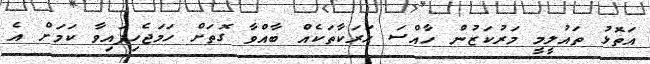
އަތޮޅު ތައުލީމީ މަރުކަޒުން ހާއްސަ ހަރަކާތަކެއް ބާއްވާ ގޮތަށް ހަމަޖެހިފައިވާ ކަމަށް އެ